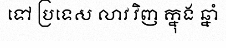
ទៅ ប្រទេស លាវ វិញ ក្នុង ឆ្នាំ